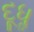
દૂધૢ